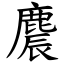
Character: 麎